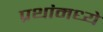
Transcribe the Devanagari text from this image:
प्रथांमध्ये